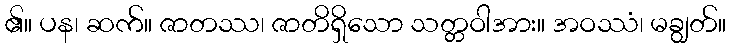
၏။ ပန၊ ဆက်။ ဇာတဿ၊ ဇာတိရှိသော သတ္တဝါအား။ အဝဿံ၊ မချွတ်။